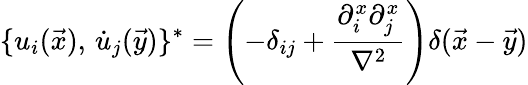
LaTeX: \{ u_{i}(\vec{x}),\, \dot{u}_{j}(\vec{y})\} ^{*}=\left(-\delta_{ij}+{\frac{\partial_{i}^{x}\partial_{j}^{x}}{\nabla^{2}}}\right)\delta(\vec{x}-\vec{y})